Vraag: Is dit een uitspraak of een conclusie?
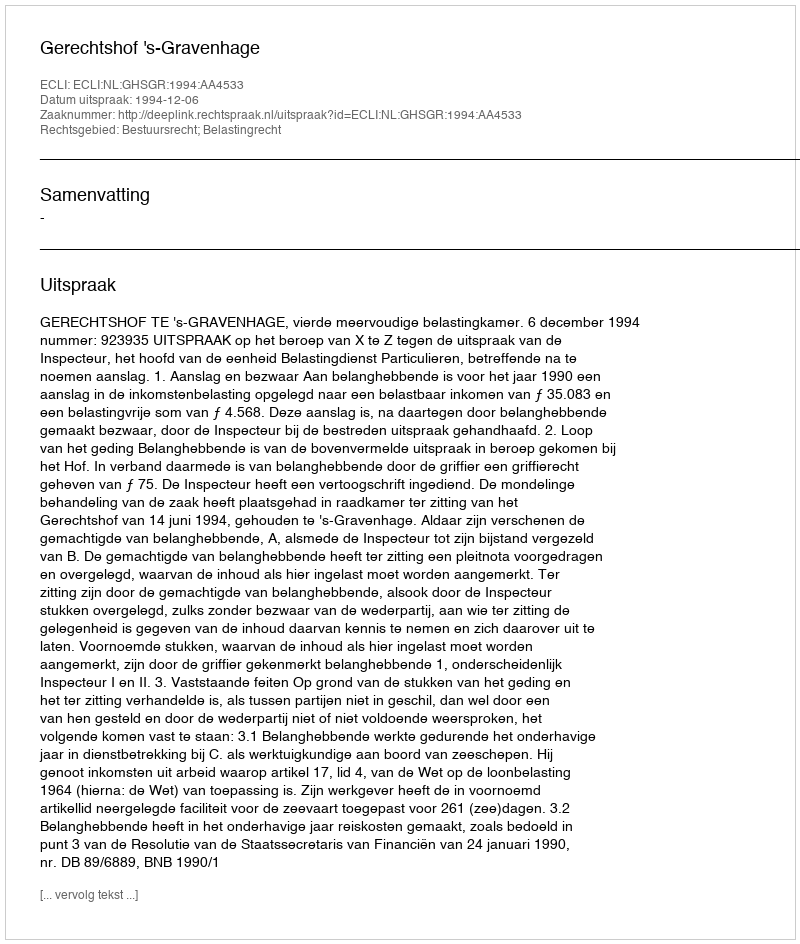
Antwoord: Uitspraak